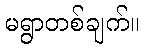
မရွာတစ်ချက်။